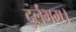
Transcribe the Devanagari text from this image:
दुर्लभम्।